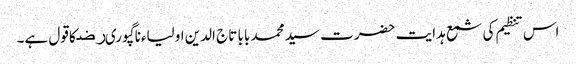
اس تنظیم کی شمع ہدایت حضرت سید محمد بابا تاج الدین اولیاءناگپوریﺭﺿ کا قول ہے۔